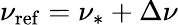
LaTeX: \nu_{\mathrm{ref}}=\nu_{\ast}+\Delta\nu